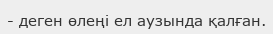
- деген өлеңі ел аузында қалған.